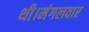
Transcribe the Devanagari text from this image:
थी।मंगलवार